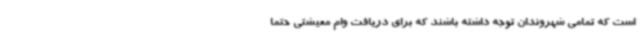
است که تمامی شهروندان توجه داشته باشند که برای دریافت وام معیشتی حتما